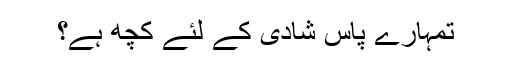
تمہارے پاس شادی کے لئے کچھ ہے؟